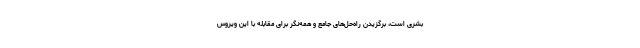
بشری است، برگزیدن راه‌حل‌های جامع و همه‌نگر برای مقابله با این ویروس